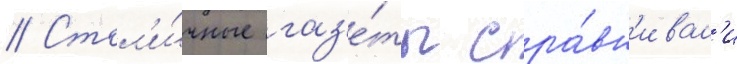
// Стол'и́чные газ'е́ты сра́вн'ивал'и